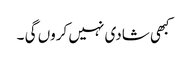
کبھی شادی نہیں کروں گی ۔